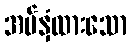
အပ်နှံထားသော